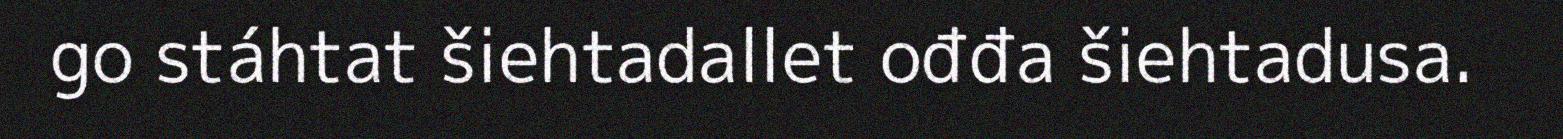
go stáhtat šiehtadallet ođđa šiehtadusa.